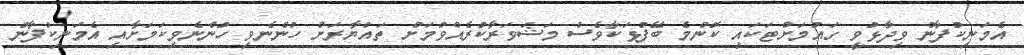
އެމަނިކުފާނު ވިދާޅުވީ ގައުމަށްޓަކައި ކޮންމެ ބޭފުޅަކާވެސް މަޝަވަރާކުރެއްވުމަށް ތައްޔާރަށް ހުންނެވި ހުންނެވިކަމަށާއި އެމަނިކުފާނު